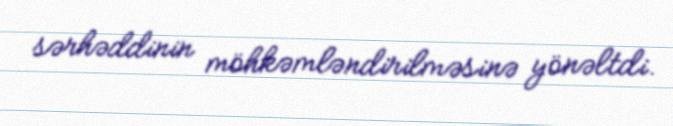
sərhəddinin möhkəmləndirilməsinə yönəltdi.